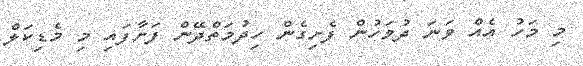
މި މަހު އެއް ވަނަ ދުވަހުން ފެށިގެން ހިދުމަތްދޭން ފަށާފައި މި މެޑިކަލް